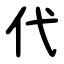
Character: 代